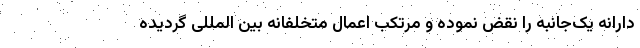
دارانه یک‌جانبه را نقض نموده و مرتکب اعمال متخلفانه بین المللی گردیده